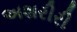
અશરીરી